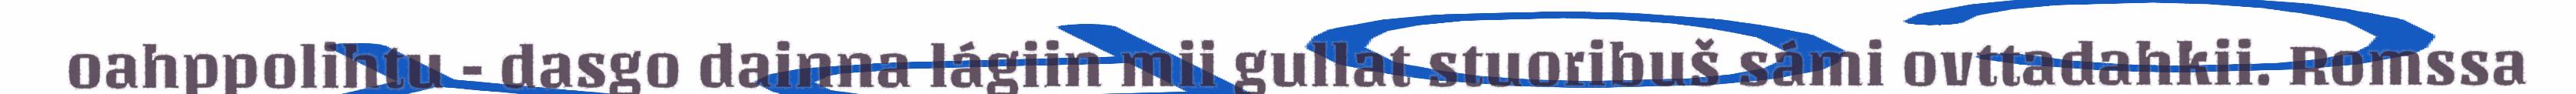
oahppolihtu - dasgo dainna lágiin mii gullat stuoribuš sámi ovttadahkii. Romssa